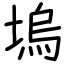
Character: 塢